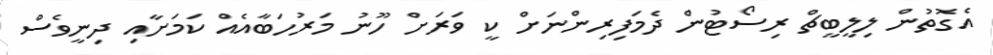
އެގޮތުން ލިލީބީޗް ރިސޯޓުން ދެމަފިރިންނަށް ކީ ވަރަށް ހޫނު މަރުހަބާއެއް ކަމަށާއި ދިނީވެސް